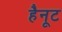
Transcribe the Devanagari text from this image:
हैनूट